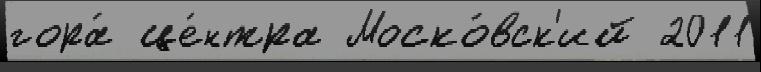
гора́ це́нтра Моско́вск'ий 2011